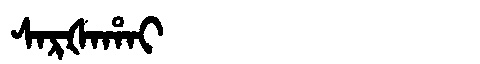
Manchu: ᠰᠠᡵᡧᠠᡥᠠᡳ
Romanization: SARŠAHAI